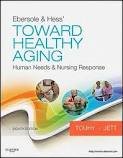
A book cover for Ebersole & Hess' Toward Healthy Aging: Human Needs and Nursing Response (TOWARD HEALTHY AGING (EBERSOLE)) 8th (eighth) edition; Theris A. Touhy DNP CNS DPNAP; Medical Books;